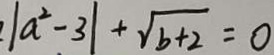
\vert a ^ { 2 } - 3 \vert + \sqrt { b + 2 } = 0